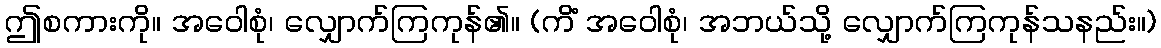
ဤစကားကို။ အဝေါစုံ၊ လျှောက်ကြကုန်၏။ (ကိံ အဝေါစုံ၊ အဘယ်သို့ လျှောက်ကြကုန်သနည်း။)